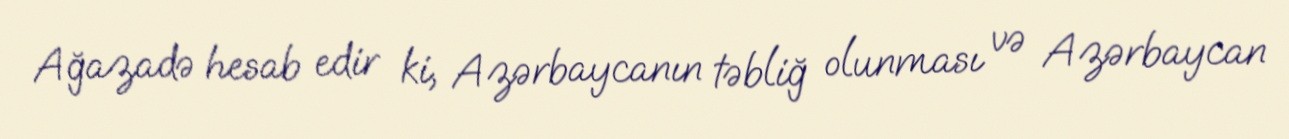
Ağazadə hesab edir ki, Azərbaycanın təbliğ olunması və Azərbaycan